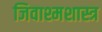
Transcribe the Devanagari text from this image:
जिवाश्मशास्त्र